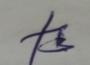
Signature authenticity: forged